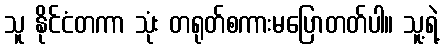
သူ နိုင်ငံတကာ သုံး တရုတ်စကားမပြောတတ်ပါ။ သူ့ရဲ့